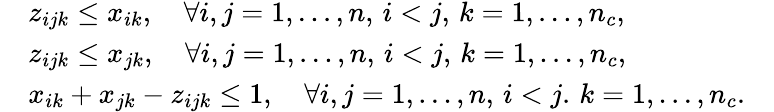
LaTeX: \begin{array}{rlr}&{z_{ijk}\leq x_{ik},\quad\forall i,j=1,\dots,n,\, i<j,\, k=1,\dots,n_{c},}&\\ &{z_{ijk}\leq x_{jk},\quad\forall i,j=1,\dots,n,\, i<j,\, k=1,\dots,n_{c},}&\\ &{x_{ik}+x_{jk}-z_{ijk}\leq 1,\quad\forall i,j=1,\dots,n,\, i<j.\, k=1,\dots,n_{c}.}&\end{array}